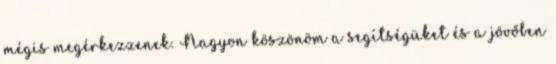
mégis megérkezzenek. Nagyon köszönöm a segítségüket és a jövőben